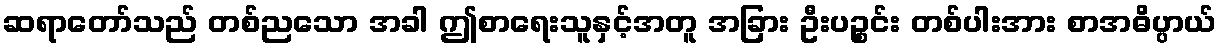
ဆရာတော်သည် တစ်ညသော အခါ ဤစာရေးသူနှင့်အတူ အခြား ဦးပဉ္စင်း တစ်ပါးအား စာအဓိပ္ပာယ်